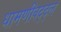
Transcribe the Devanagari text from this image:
धामणीबद्द्ल